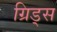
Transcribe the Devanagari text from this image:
ग्रिड्स